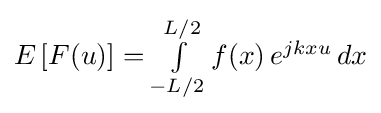
E\left[F(u)\right]=\textstyle \int \limits _{-L/2}^{L/2}f(x)\,e^{jkxu}\,dx